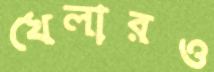
খেলারও